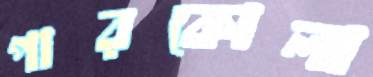
পারকোলা